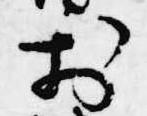
於